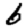
Digit: 6